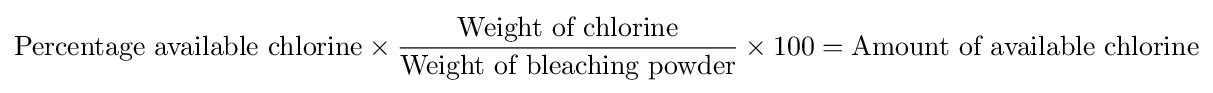
{\text{Percentage available chlorine}}\times {\frac {\text{Weight of chlorine}}{\text{Weight of bleaching powder}}}\times 100={\text{Amount of available chlorine}}